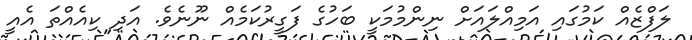
ލަފްޒެއް ކަމުގައި އަމިއްލައަށް ނިންމުމަކީ ބަހުގެ ފަގީރުކަމެއް ނޫނެވެ. އަދި ކިއެއްތަ އެއީ